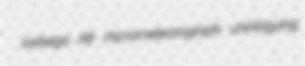
Jadwiga Afr micrometeorograph unintriguing